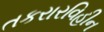
તકરારવિહીન